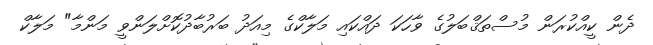
ދެން ކީއްކުރަން މުސްތަޤްބަލުގެ ވާހަކަ ދައްކައި މަލާކްގެ މިއަދު ބަރުބާދުކޮށްލަންވީ މަންމާ" މަލާކް